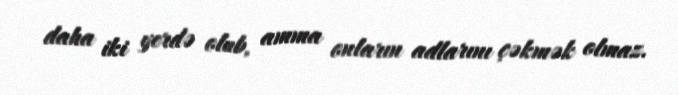
daha iki yerdə olub, amma onların adlarını çəkmək olmaz.